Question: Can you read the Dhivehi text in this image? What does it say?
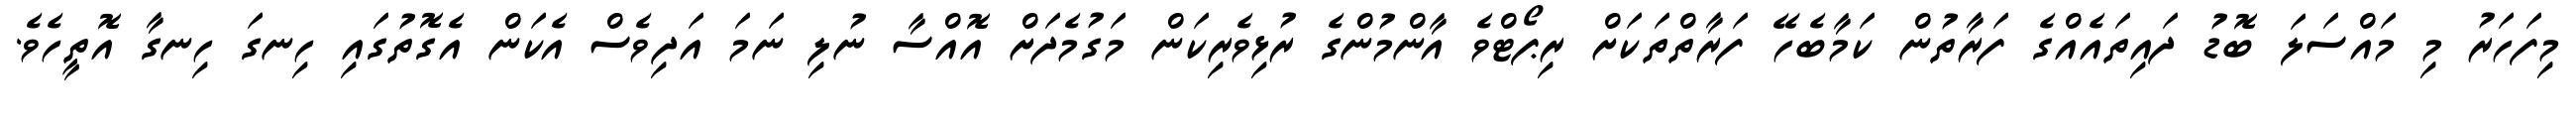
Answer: މިފަހަރު މި މައްސަލަ ބޮޑު ދައިތައެއްގެ ފަރާތުން ކަމާބެހޭ ފަރާތްތަކަށް ރިޕޯޓްވެ އާންމުންގެ ރުޅިވެރިކަން މަގުމެދަށް އޮއްސާ ނުލި ނަމަ އަދިވެސް އެކަން އެގޮތުގައި ހިނގަ ހިނގާ އޮތީހެވެ.